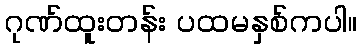
ဂုဏ်ထူးတန်း ပထမနှစ်ကပါ။